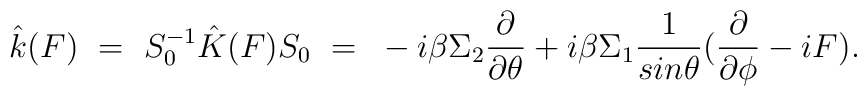
\hat k(F)~=~S^{-1}_0\hat K(F)S_0~=~-i\beta\Sigma_2\frac{\partial}{\partial\theta} + i\beta\Sigma_1\frac{1}{sin\theta}(\frac{\partial}{\partial \phi} -iF).